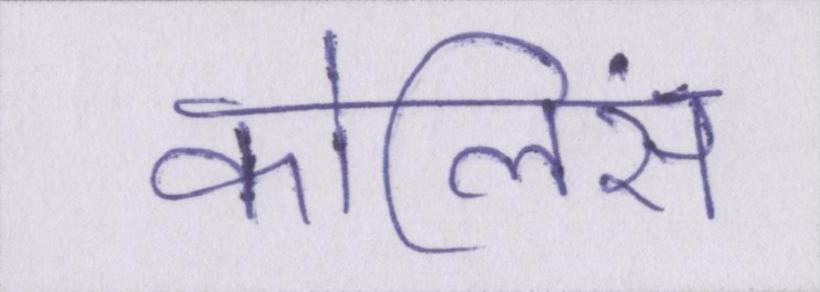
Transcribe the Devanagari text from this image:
कोलिंस